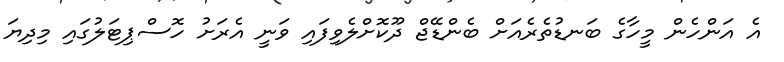
އެ އަންހެން މީހާގެ ބަނޑުތެރެއަށް ބެންޑޭޖް ދޫކޮށްލެވިފައި ވަނީ އެރަށު ހޮސްޕިޓަލުގައި މިދިޔަ